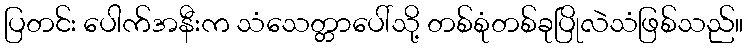
ပြတင်း ပေါက်အနီးက သံသေတ္တာပေါ်သို့ တစ်စုံတစ်ခုပြိုလဲသံဖြစ်သည်။